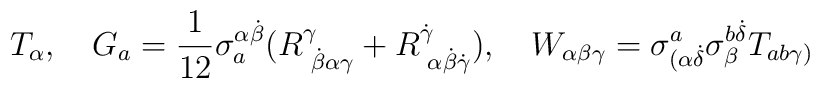
T_{\alpha},\quad  G_{a}=\frac{1}{12}\sigma^{\alpha\dot{\beta}}_{a}  (R^\gamma_{\,\,\dot{\beta}\alpha\gamma} +  R^{\dot\gamma}_{\,\,\alpha\dot{\beta}\dot{\gamma}}),\quad  W_{\alpha\beta\gamma} = \sigma^{a}_{(\alpha\dot{\delta}}  \sigma^{b\dot{\delta}}_{\beta}T_{ab\gamma)}